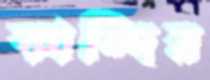
কান্দির